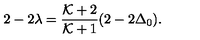
2 - 2 \lambda = { \frac { { \cal K } + 2 } { { \cal K } + 1 } } ( 2 - 2 \Delta _ { 0 } ) .